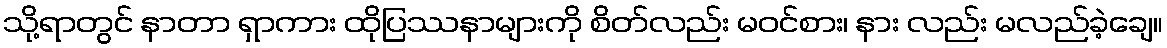
သို့ရာတွင် နာတာ ရှာကား ထိုပြဿနာများကို စိတ်လည်း မဝင်စား၊ နား လည်း မလည်ခဲ့ချေ။